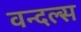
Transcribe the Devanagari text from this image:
वन्दल्स